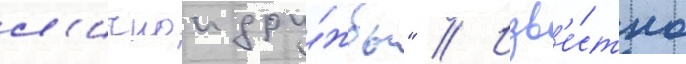
л'ичнои дру́жбы" // Изв'е́стно